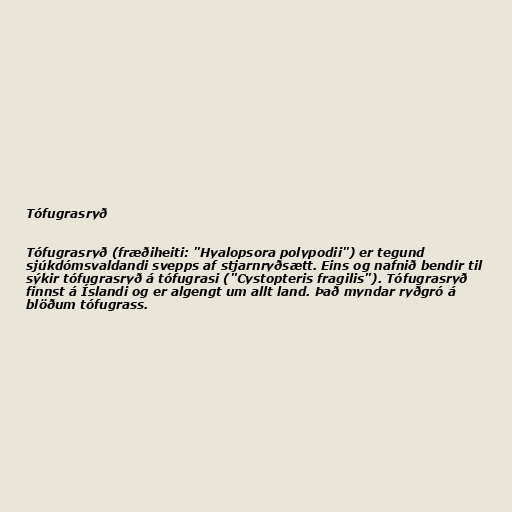
Tófugrasryð

Tófugrasryð (fræðiheiti: "Hyalopsora polypodii") er tegund
sjúkdómsvaldandi svepps af stjarnryðsætt. Eins og nafnið bendir til
sýkir tófugrasryð á tófugrasi ("Cystopteris fragilis"). Tófugrasryð
finnst á Íslandi og er algengt um allt land. Það myndar ryðgró á
blöðum tófugrass.